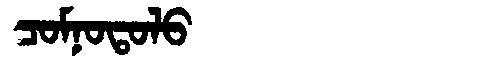
Manchu: ᠴᠣᠮᠨᠣᡨᠣᠯᠣ
Romanization: COMNOTOLO